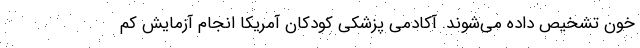
خون تشخیص داده می‌شوند. آکادمی پزشکی کودکان آمریکا انجام آزمایش کم